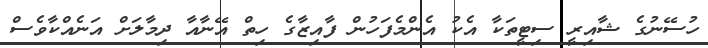
ހުސޭނުގެ ޝާއިރީ ސިޓީތަކާ އެކު އެންމެފަހުން ފާއިޒާގެ ހިތް އޭނާއާ ދިމާލަށް އަނެއްކާވެސް